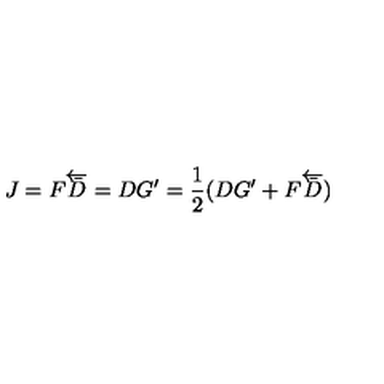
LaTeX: J = F \overleftarrow { \bar { D } } = D G ^ { \prime } = \frac { 1 } { 2 } ( D G ^ { \prime } + F \overleftarrow { \bar { D } } )